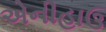
એનીહાઉ